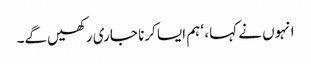
انہوں نے کہا، ‘ ہم ایسا کرنا جاری رکھیں‌گے۔